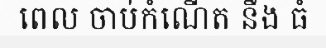
ពេល ចាប់កំណើត នឹង ធំ